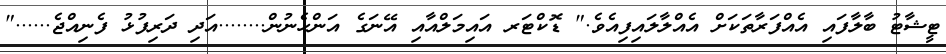
ޓީޝާޓު ބާލާފައި އެއްފަރާތަކަށް އެއްލާލައިފިއެވެ." ޑޮކްޓަރ އައިމަލްއާއި އޭނަގެ އަންހެނުން........އަދި ދަރިފުޅު ފެނިއްޖެ......"